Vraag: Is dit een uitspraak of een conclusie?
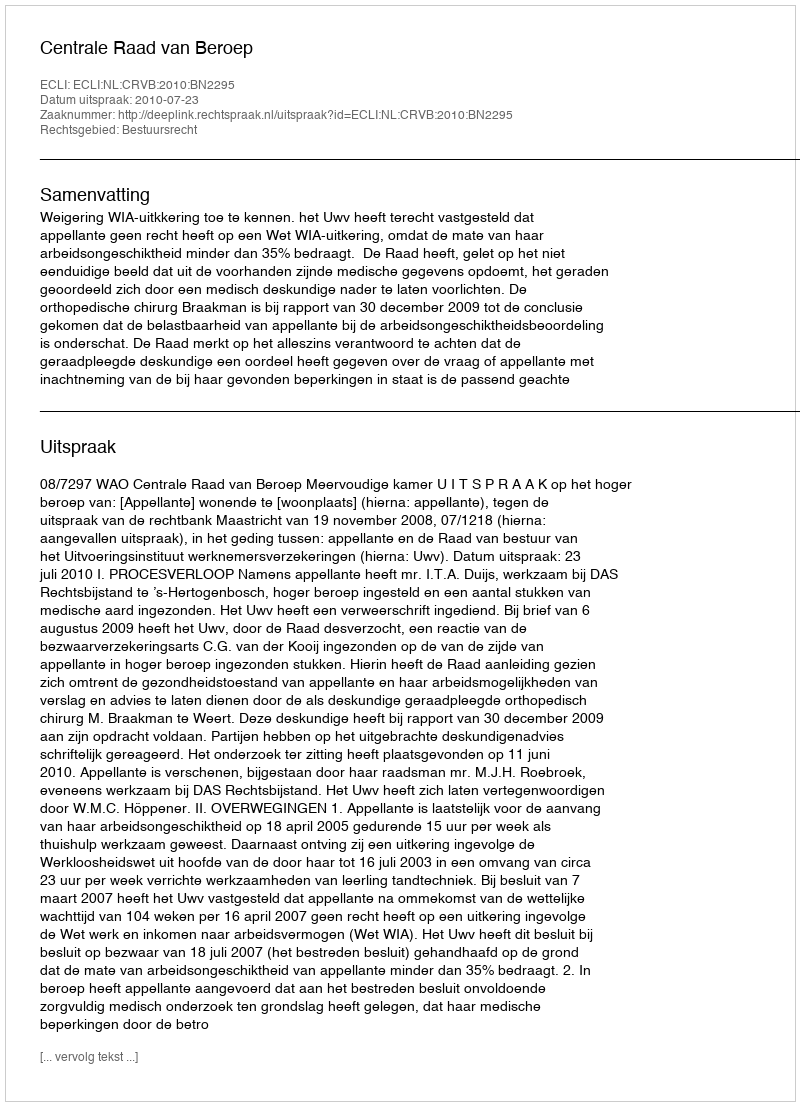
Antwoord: Uitspraak